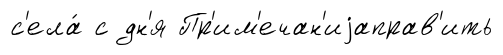
с'ела́ с дн'я Пр'им'ечан'иjаправ'ить